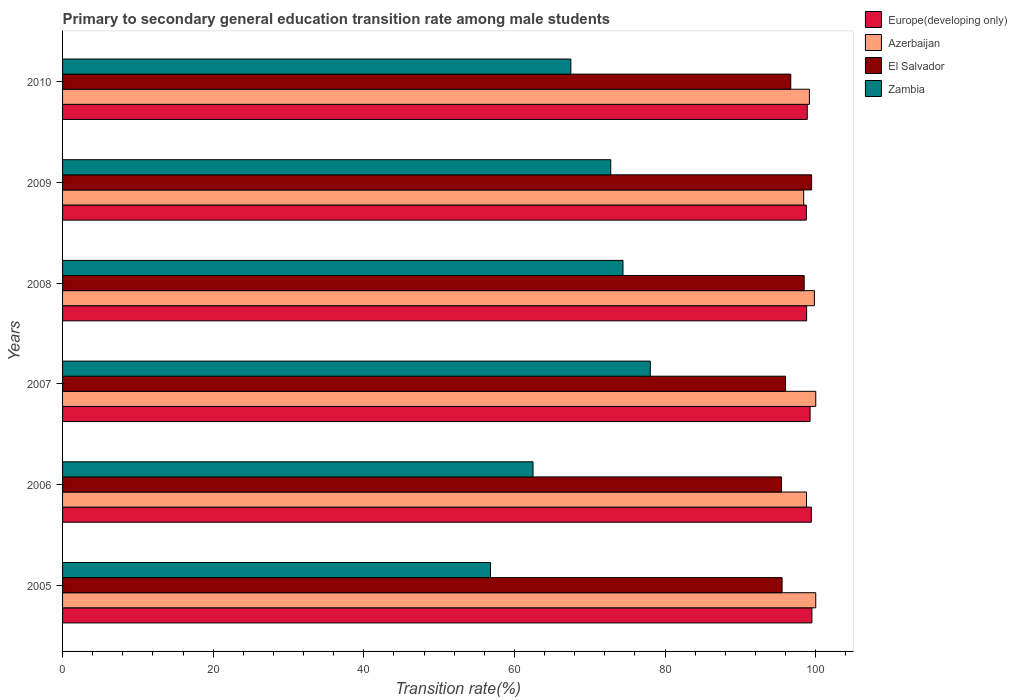
| Years | Europe(developing only) | Azerbaijan | El Salvador | Zambia |
 | --- | --- | --- | --- | --- |
 | 2005 | 99.5 | 100 | 95.5 | 56.8 |
 | 2006 | 99.4 | 98.8 | 95.4 | 62.5 |
 | 2007 | 99.2 | 100 | 96 | 78 |
 | 2008 | 98.8 | 99.8 | 98.5 | 74.4 |
 | 2009 | 98.7 | 98.4 | 99.5 | 72.8 |
 | 2010 | 98.9 | 99.2 | 96.7 | 67.5 |